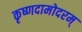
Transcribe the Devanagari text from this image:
कृष्णदामोदरम्